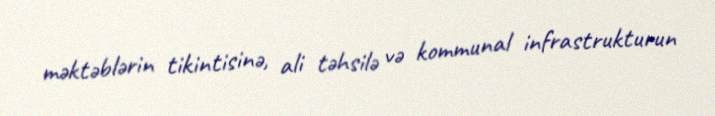
məktəblərin tikintisinə, ali təhsilə və kommunal infrastrukturun